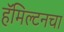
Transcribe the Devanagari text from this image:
हॅमिल्टनचा